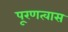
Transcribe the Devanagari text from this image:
पू्रणत्वास